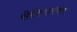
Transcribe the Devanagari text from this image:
सेफ़्मिनॉक्स